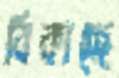
বিকাচ্ছে